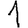
Digit: 1